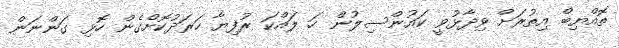
ތޮއްޔިބް އިތުރަށް ވިދާޅުވީ ކައުންސިލުން ހަ ލައްކަ ރުފިޔާ ހަރަދުކޮށްގެން ހޮޅި ގަންނަން